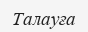
Талауға